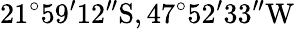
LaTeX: \mathrm{21^{\circ}59^{\prime}12^{\prime\prime}S,47^{\circ}52^{\prime}33^{\prime\prime}W}